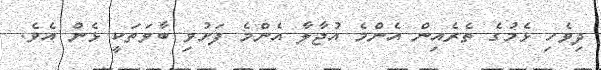
ދިވެހި ޅެމުގެ ތެރެއިން އެންމެ އުޖާލާ އެންމެ ފަށުވި ބާވަތަކީ ޅެން އެވެ.